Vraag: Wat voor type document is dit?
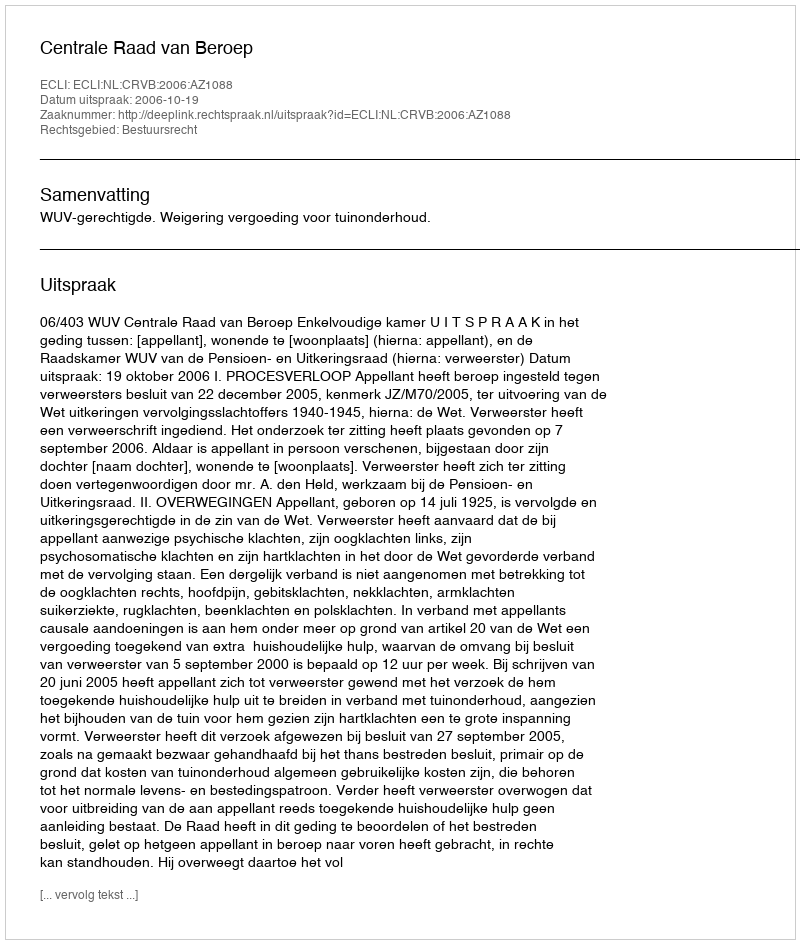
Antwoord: Uitspraak